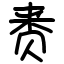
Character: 赉